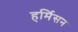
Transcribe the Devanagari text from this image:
हर्मिसन